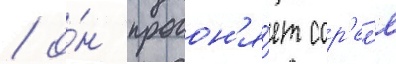
/ о́н прогон'я́ет сор'ел'я